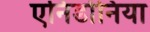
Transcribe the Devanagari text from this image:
एनिडोनिया